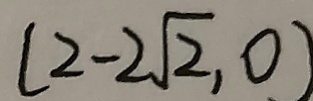
( 2 - 2 \sqrt { 2 } , 0 )